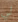
لي